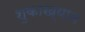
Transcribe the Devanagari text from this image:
शुकाख्यान